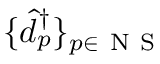
\{ \hat { d } _ { p } ^ { \dagger } \} _ { p \in \ensuremath { \mathrm { ~ N ~ S ~ } } }